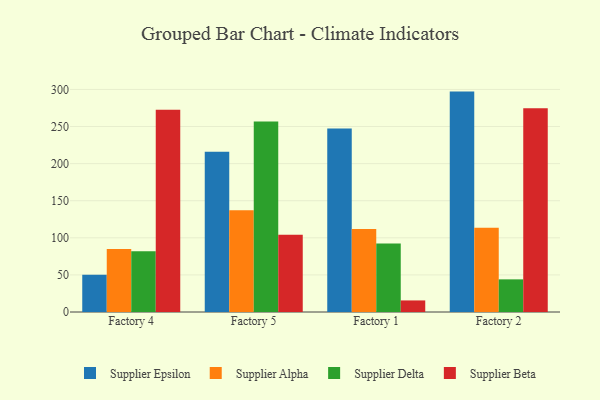
{"axis": {"x": "Factory", "y": "Net Income (USD K)"}, "legend": ["Supplier Alpha", "Supplier Beta", "Supplier Delta", "Supplier Epsilon"], "data": [{"x": "Factory 4", "y": 50.2, "type": "Supplier Epsilon"}, {"x": "Factory 4", "y": 84.9, "type": "Supplier Alpha"}, {"x": "Factory 4", "y": 82.0, "type": "Supplier Delta"}, {"x": "Factory 4", "y": 272.6, "type": "Supplier Beta"}, {"x": "Factory 5", "y": 216.1, "type": "Supplier Epsilon"}, {"x": "Factory 5", "y": 137.1, "type": "Supplier Alpha"}, {"x": "Factory 5", "y": 256.8, "type": "Supplier Delta"}, {"x": "Factory 5", "y": 104.0, "type": "Supplier Beta"}, {"x": "Factory 1", "y": 247.5, "type": "Supplier Epsilon"}, {"x": "Factory 1", "y": 111.8, "type": "Supplier Alpha"}, {"x": "Factory 1", "y": 92.3, "type": "Supplier Delta"}, {"x": "Factory 1", "y": 15.6, "type": "Supplier Beta"}, {"x": "Factory 2", "y": 297.1, "type": "Supplier Epsilon"}, {"x": "Factory 2", "y": 113.6, "type": "Supplier Alpha"}, {"x": "Factory 2", "y": 44.0, "type": "Supplier Delta"}, {"x": "Factory 2", "y": 274.6, "type": "Supplier Beta"}]}